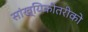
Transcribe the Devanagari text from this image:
सांख्यिकीतरीको